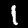
Digit: 1